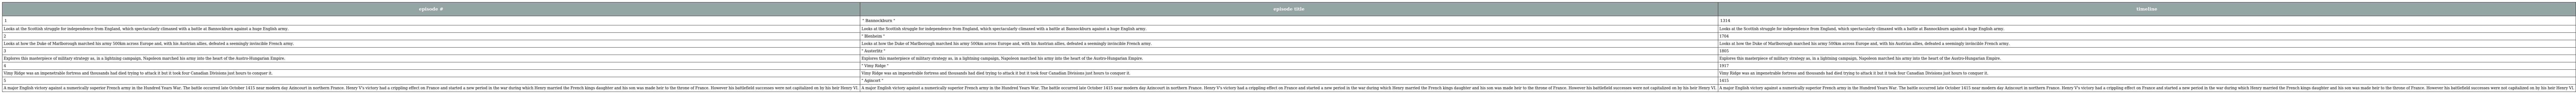
| episode # | episode title | timeline |
 | --- | --- | --- |
 | 1 | " Bannockburn " | 1314 |
 | Looks at the Scottish struggle for independence from England, which spectacularly climaxed with a battle at Bannockburn against a huge English army. | Looks at the Scottish struggle for independence from England, which spectacularly climaxed with a battle at Bannockburn against a huge English army. | Looks at the Scottish struggle for independence from England, which spectacularly climaxed with a battle at Bannockburn against a huge English army. |
 | 2 | " Blenheim " | 1704 |
 | Looks at how the Duke of Marlborough marched his army 500km across Europe and, with his Austrian allies, defeated a seemingly invincible French army. | Looks at how the Duke of Marlborough marched his army 500km across Europe and, with his Austrian allies, defeated a seemingly invincible French army. | Looks at how the Duke of Marlborough marched his army 500km across Europe and, with his Austrian allies, defeated a seemingly invincible French army. |
 | 3 | " Austerlitz " | 1805 |
 | Explores this masterpiece of military strategy as, in a lightning campaign, Napoleon marched his army into the heart of the Austro-Hungarian Empire. | Explores this masterpiece of military strategy as, in a lightning campaign, Napoleon marched his army into the heart of the Austro-Hungarian Empire. | Explores this masterpiece of military strategy as, in a lightning campaign, Napoleon marched his army into the heart of the Austro-Hungarian Empire. |
 | 4 | " Vimy Ridge " | 1917 |
 | Vimy Ridge was an impenetrable fortress and thousands had died trying to attack it but it took four Canadian Divisions just hours to conquer it. | Vimy Ridge was an impenetrable fortress and thousands had died trying to attack it but it took four Canadian Divisions just hours to conquer it. | Vimy Ridge was an impenetrable fortress and thousands had died trying to attack it but it took four Canadian Divisions just hours to conquer it. |
 | 5 | " Agincort " | 1415 |
 | A major English victory against a numerically superior French army in the Hundred Years War. The battle occurred late October 1415 near modern day Azincourt in northern France. Henry V's victory had a crippling effect on France and started a new period in the war during which Henry married the French kings daughter and his son was made heir to the throne of France. However his battlefield successes were not capitalized on by his heir Henry VI. | A major English victory against a numerically superior French army in the Hundred Years War. The battle occurred late October 1415 near modern day Azincourt in northern France. Henry V's victory had a crippling effect on France and started a new period in the war during which Henry married the French kings daughter and his son was made heir to the throne of France. However his battlefield successes were not capitalized on by his heir Henry VI. | A major English victory against a numerically superior French army in the Hundred Years War. The battle occurred late October 1415 near modern day Azincourt in northern France. Henry V's victory had a crippling effect on France and started a new period in the war during which Henry married the French kings daughter and his son was made heir to the throne of France. However his battlefield successes were not capitalized on by his heir Henry VI. |